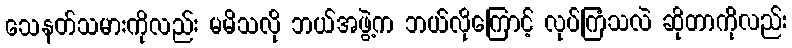
သေနတ်သမားကိုလည်း မမိသလို ဘယ်အဖွဲ့က ဘယ်လိုကြောင့် လုပ်ကြံသလဲ ဆိုတာကိုလည်း